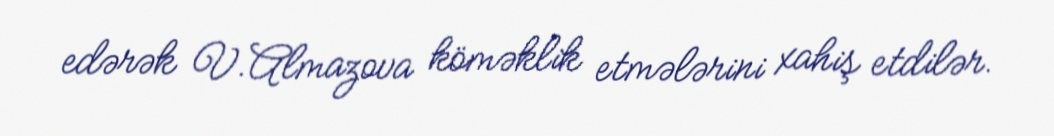
edərək V.Almazova köməklik etmələrini xahiş etdilər.